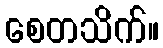
စေတသိက်။